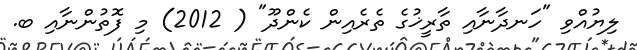
ލިޔުއްވި "ހަނދާނާއި ތާރީޚުގެ ތެރެއިން ކެންދޫ" ( 2012) މި ފޮތުންނާއި ބ.